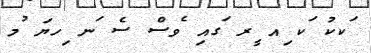
ަކކު ަކ ިއ ީރ ަގއި ެވސް ސެ ަނ ިހޔަ ުމ